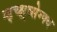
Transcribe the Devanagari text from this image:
ग्ड्च्क्ष्व्सेग्फ्व